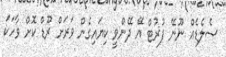
ސެލެޑެއް ނޫނޭ ފުރުޓް އޭ ދޭންވީ ކިޔައިގެން ވަރަށް ރޫޑް ކޮށް ވާހަކަ